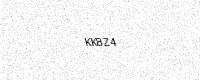
Text: KK8Z4